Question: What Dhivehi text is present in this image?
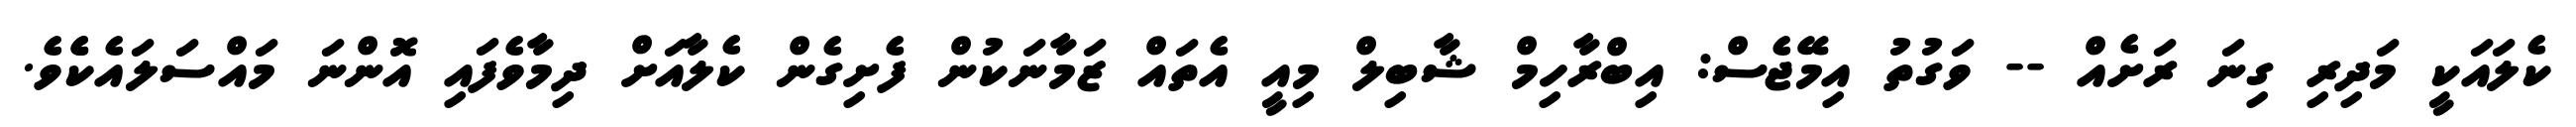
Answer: ކެލައަކީ މަދިރި ގިނަ ރަށެއް -- ވަގުތު އިމޭޖެސް: އިބްރާހިމް ޝާބިލް މިއީ އެތައް ޒަމާނަކުން ފެށިގެން ކެލާއަށް ދިމާވެފައި އޮންނަ މައްސަލައެކެެވެ.